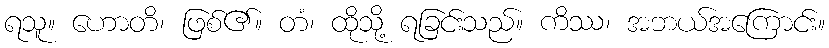
ရသူ။ ဟောတိ၊ ဖြစ်၏။ တံ၊ ထိုသို့ ရခြင်းသည်။ ကိဿ၊ အဘယ်အကြောင်း။